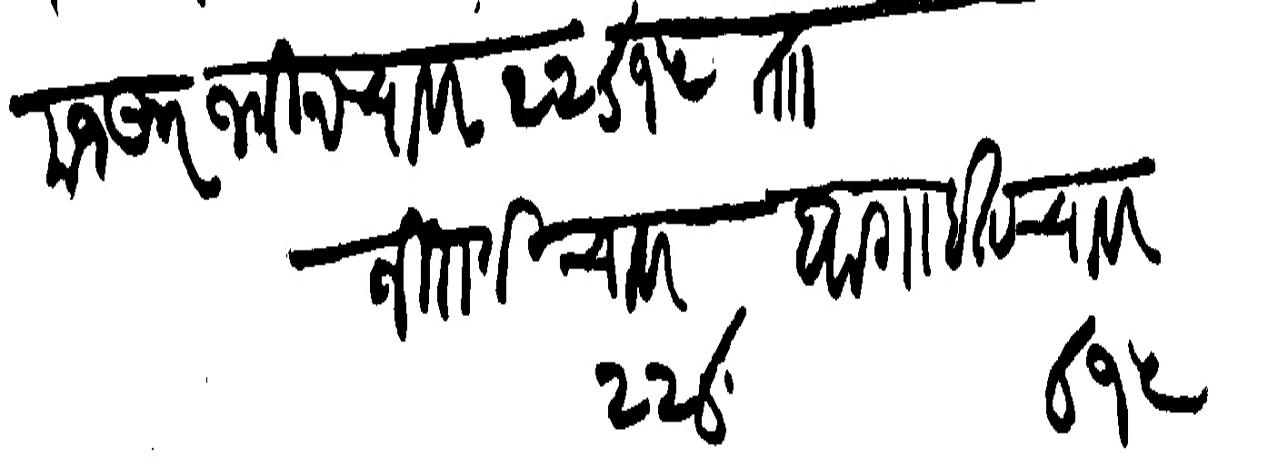
Transliteration (Devanagari): मजकूर जमीन चावर २२०१५ ताा जिराती चावर २२८ वागाईत चावर
१५०